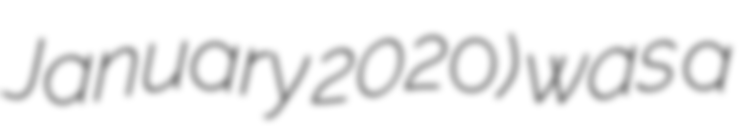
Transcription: January 2020) was a